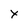
Character: x